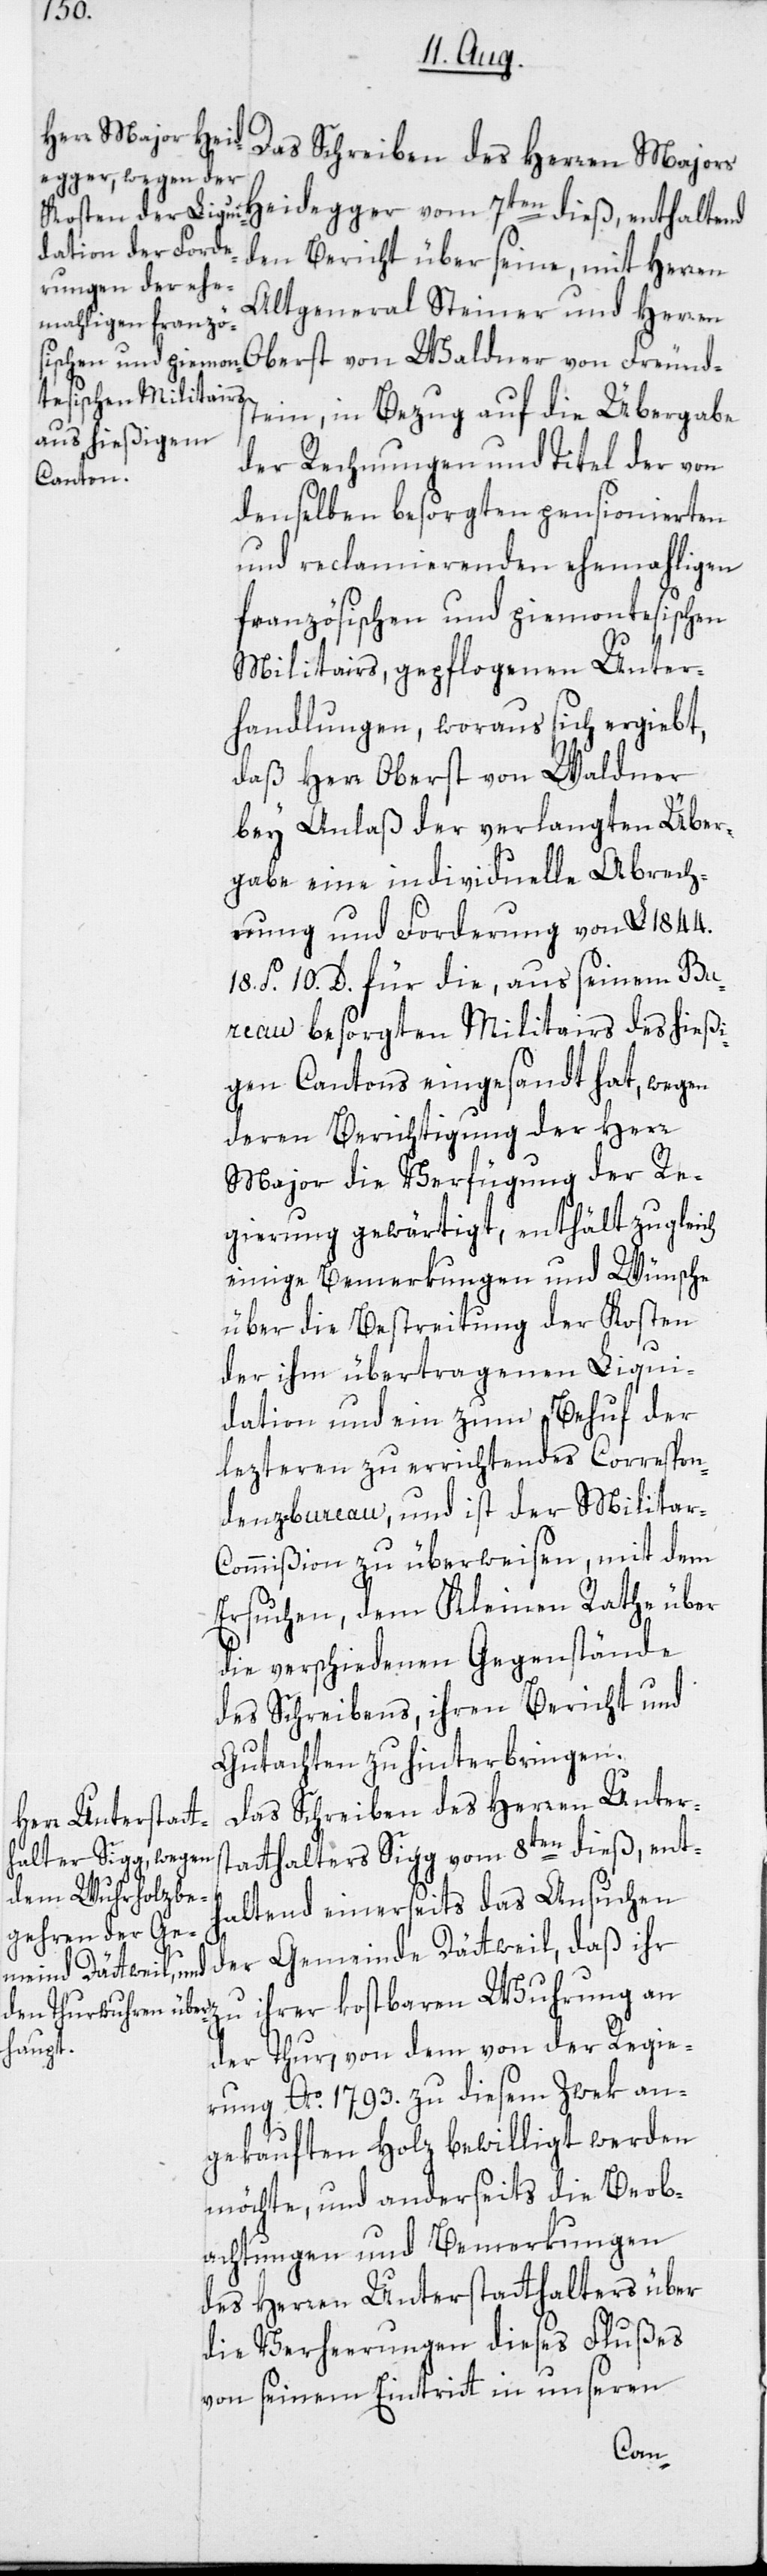
Das Schreiben des Herren Majors
Heidegger vom 7ten dieß, enthaltend
den Bericht über seine, mit Herren
Altgeneral Steiner und Herren
Oberst von Waldner von Freund¬
stein, in Bezug auf die Übergabe
der Rechnungen und Titel der von
denselben besorgten pensionierten
und reclamierenden ehemahligen
französischen und piemontesischen
Militairs, gepflogenen Unter¬
handlungen, woraus sich ergiebt,
daß Herr Oberst Waldner
bey Anlaß der verlangten Über¬
gabe eine individuelle Abrech¬
nung und Forderung von L 1844.
18. S. 10. D. für die, aus seinem Bur¬
eau besorgten Militairs des hießi¬
gen Cantons eingesandt hat, wegen
deren Berichtigung der Herr
Major die Verfügung der Re¬
gierung gewärtigt, enthält zugleich
einige Bemerkungen und Wünsche
über die Bestreitung der Kosten
der ihm übertragenen Liqui¬
dation und ein zum Behuf der
lezteren zu errichtendes Correspon¬
denzbureau, und ist der Militar-C¬
ommißion zu überweisen, mit dem
Ersuchen, dem Kleinen Rathe über
die verschiedenen Gegenstände
des Schreibens, ihren Bericht und
Gutachten zu hinterbringen.
Das Schreiben des Herren Unters¬
tatthalters Sigg vom 8ten dieß, ent¬
haltend einerseits das Ansuchen
der Gemeinde Dättweil, daß ihr
ihrer kostbaren Wuhrung an
der Thur, von dem von der Regie¬
rung Ao 1793. zu diesem Zwek an¬
gekauften Holz bewilligt werden
möchte, und anderseits die Beob¬
achtungen und Bemerkungen
des Herren Unterstatthalters über
die Verheerungen dieses Flußes
von seinem Eintritt in unseren